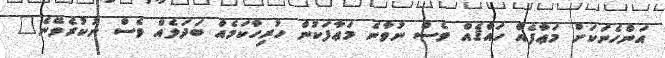
އަންހެނަކަށް މަޢާފެއް ހައްޤެއް ވެސް ނުވާނެ މަޢާފަކުން ހުރިހާކަމެއް ބަދަލެއް ވެސް ނުކުރެވޭނެ"